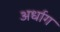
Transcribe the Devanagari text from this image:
अर्धाग